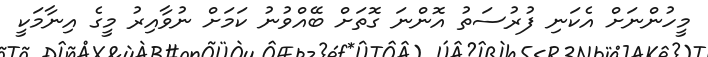
މީހުންނަށް އެކަނި ފުރުސަތު އޮންނަ ގޮތަށް ބޭއްވުނު ކަމަށް ނުވާއިރު މީގެ އިނާމަކީ